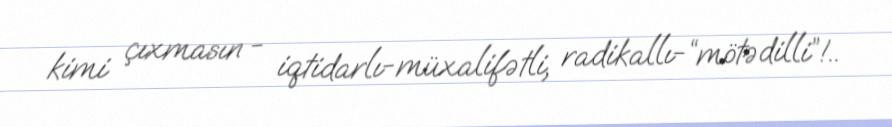
kimi çıxmasın - iqtidarlı-müxalifətli, radikallı-“mötədilli”!..